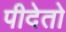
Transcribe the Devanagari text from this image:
पीदेतो